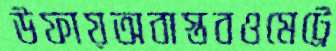
উফায়অবাস্তবওমেট্রে